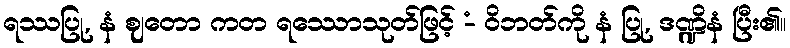
ရဿပြု, နံ ဈတော ကတ ရဿောသုတ်ဖြင့် -ံ ဝိဘတ်ကို နံ ပြု, ဒဏ္ဍိနံ ပြီး၏။